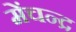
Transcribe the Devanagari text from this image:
मेंचन्द्र